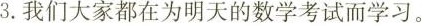
3.我们大家都在为明天的数学考试而学习。